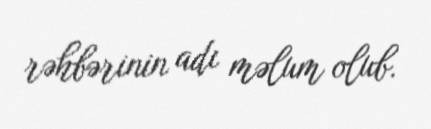
rəhbərinin adı məlum olub.